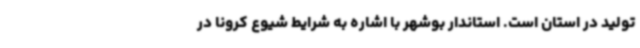
تولید در استان است. استاندار بوشهر با اشاره به شرایط شیوع کرونا در